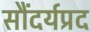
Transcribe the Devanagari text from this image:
सौंदर्यप्रद